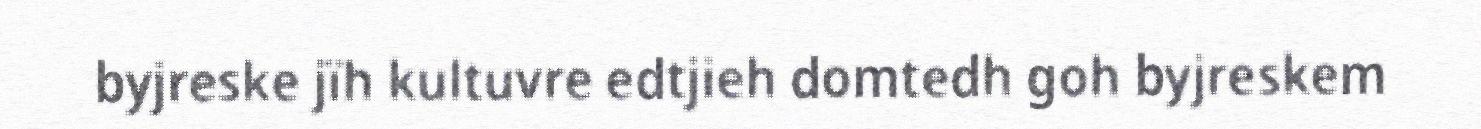
byjreske jïh kultuvre edtjieh domtedh goh byjreskem